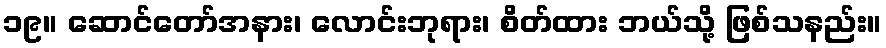
၁၉။ ဆောင်တော်အနား၊ လောင်းဘုရား၊ စိတ်ထား ဘယ်သို့ ဖြစ်သနည်း။